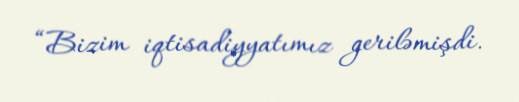
“Bizim iqtisadiyyatımız geriləmişdi.